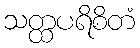
သတ္ထပရိစိတံ